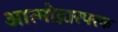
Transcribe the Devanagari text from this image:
आत्मोद्गारपरक